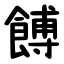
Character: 餺